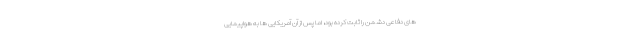
های دفاعی دشمن را ثابت کرده بود، اما پس از آن آمریکایی ها به هواپیمایی